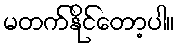
မတက်နိုင်တော့ပါ။